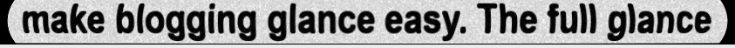
make blogging glance easy. The full glance